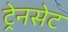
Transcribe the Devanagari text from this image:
ट्रेनसेट